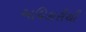
અધિકારીથી